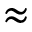
\approx